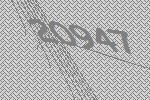
20947